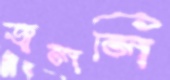
জ্বললি